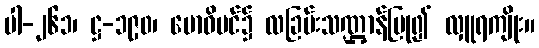
ပါ-၂၆၁၊ ဋ္ဌ-၁၉၀၊ ဗောဓိပင်၌ လခြမ်းသဏ္ဌာန်ပြု၍ လှူရကျိုး။